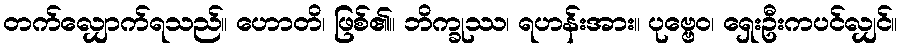
တက်လျှောက်ရသည်။ ဟောတိ၊ ဖြစ်၏။ ဘိက္ခုဿ၊ ရဟန်းအား။ ပုဗ္ဗေဝ၊ ရှေးဦးကပင်လျှင်။